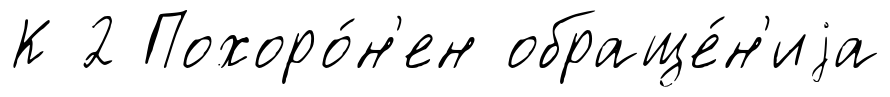
К 2 Похоро́н'ен обраще́н'иjа